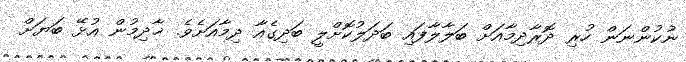
ނުކުންނަން ހުރި ދޮރާދިމާއަށް ބަލާލާފައި ބަދަލުކޮށްލީ ބަދިގެއާ ދިމާއަށެވެ. ޚާދިމުން އުޅޭ ބަޔަށް